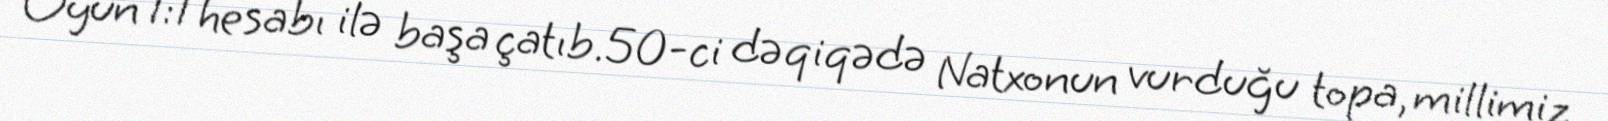
Oyun 1:1 hesabı ilə başa çatıb.50-ci dəqiqədə Natxonun vurduğu topa, millimiz